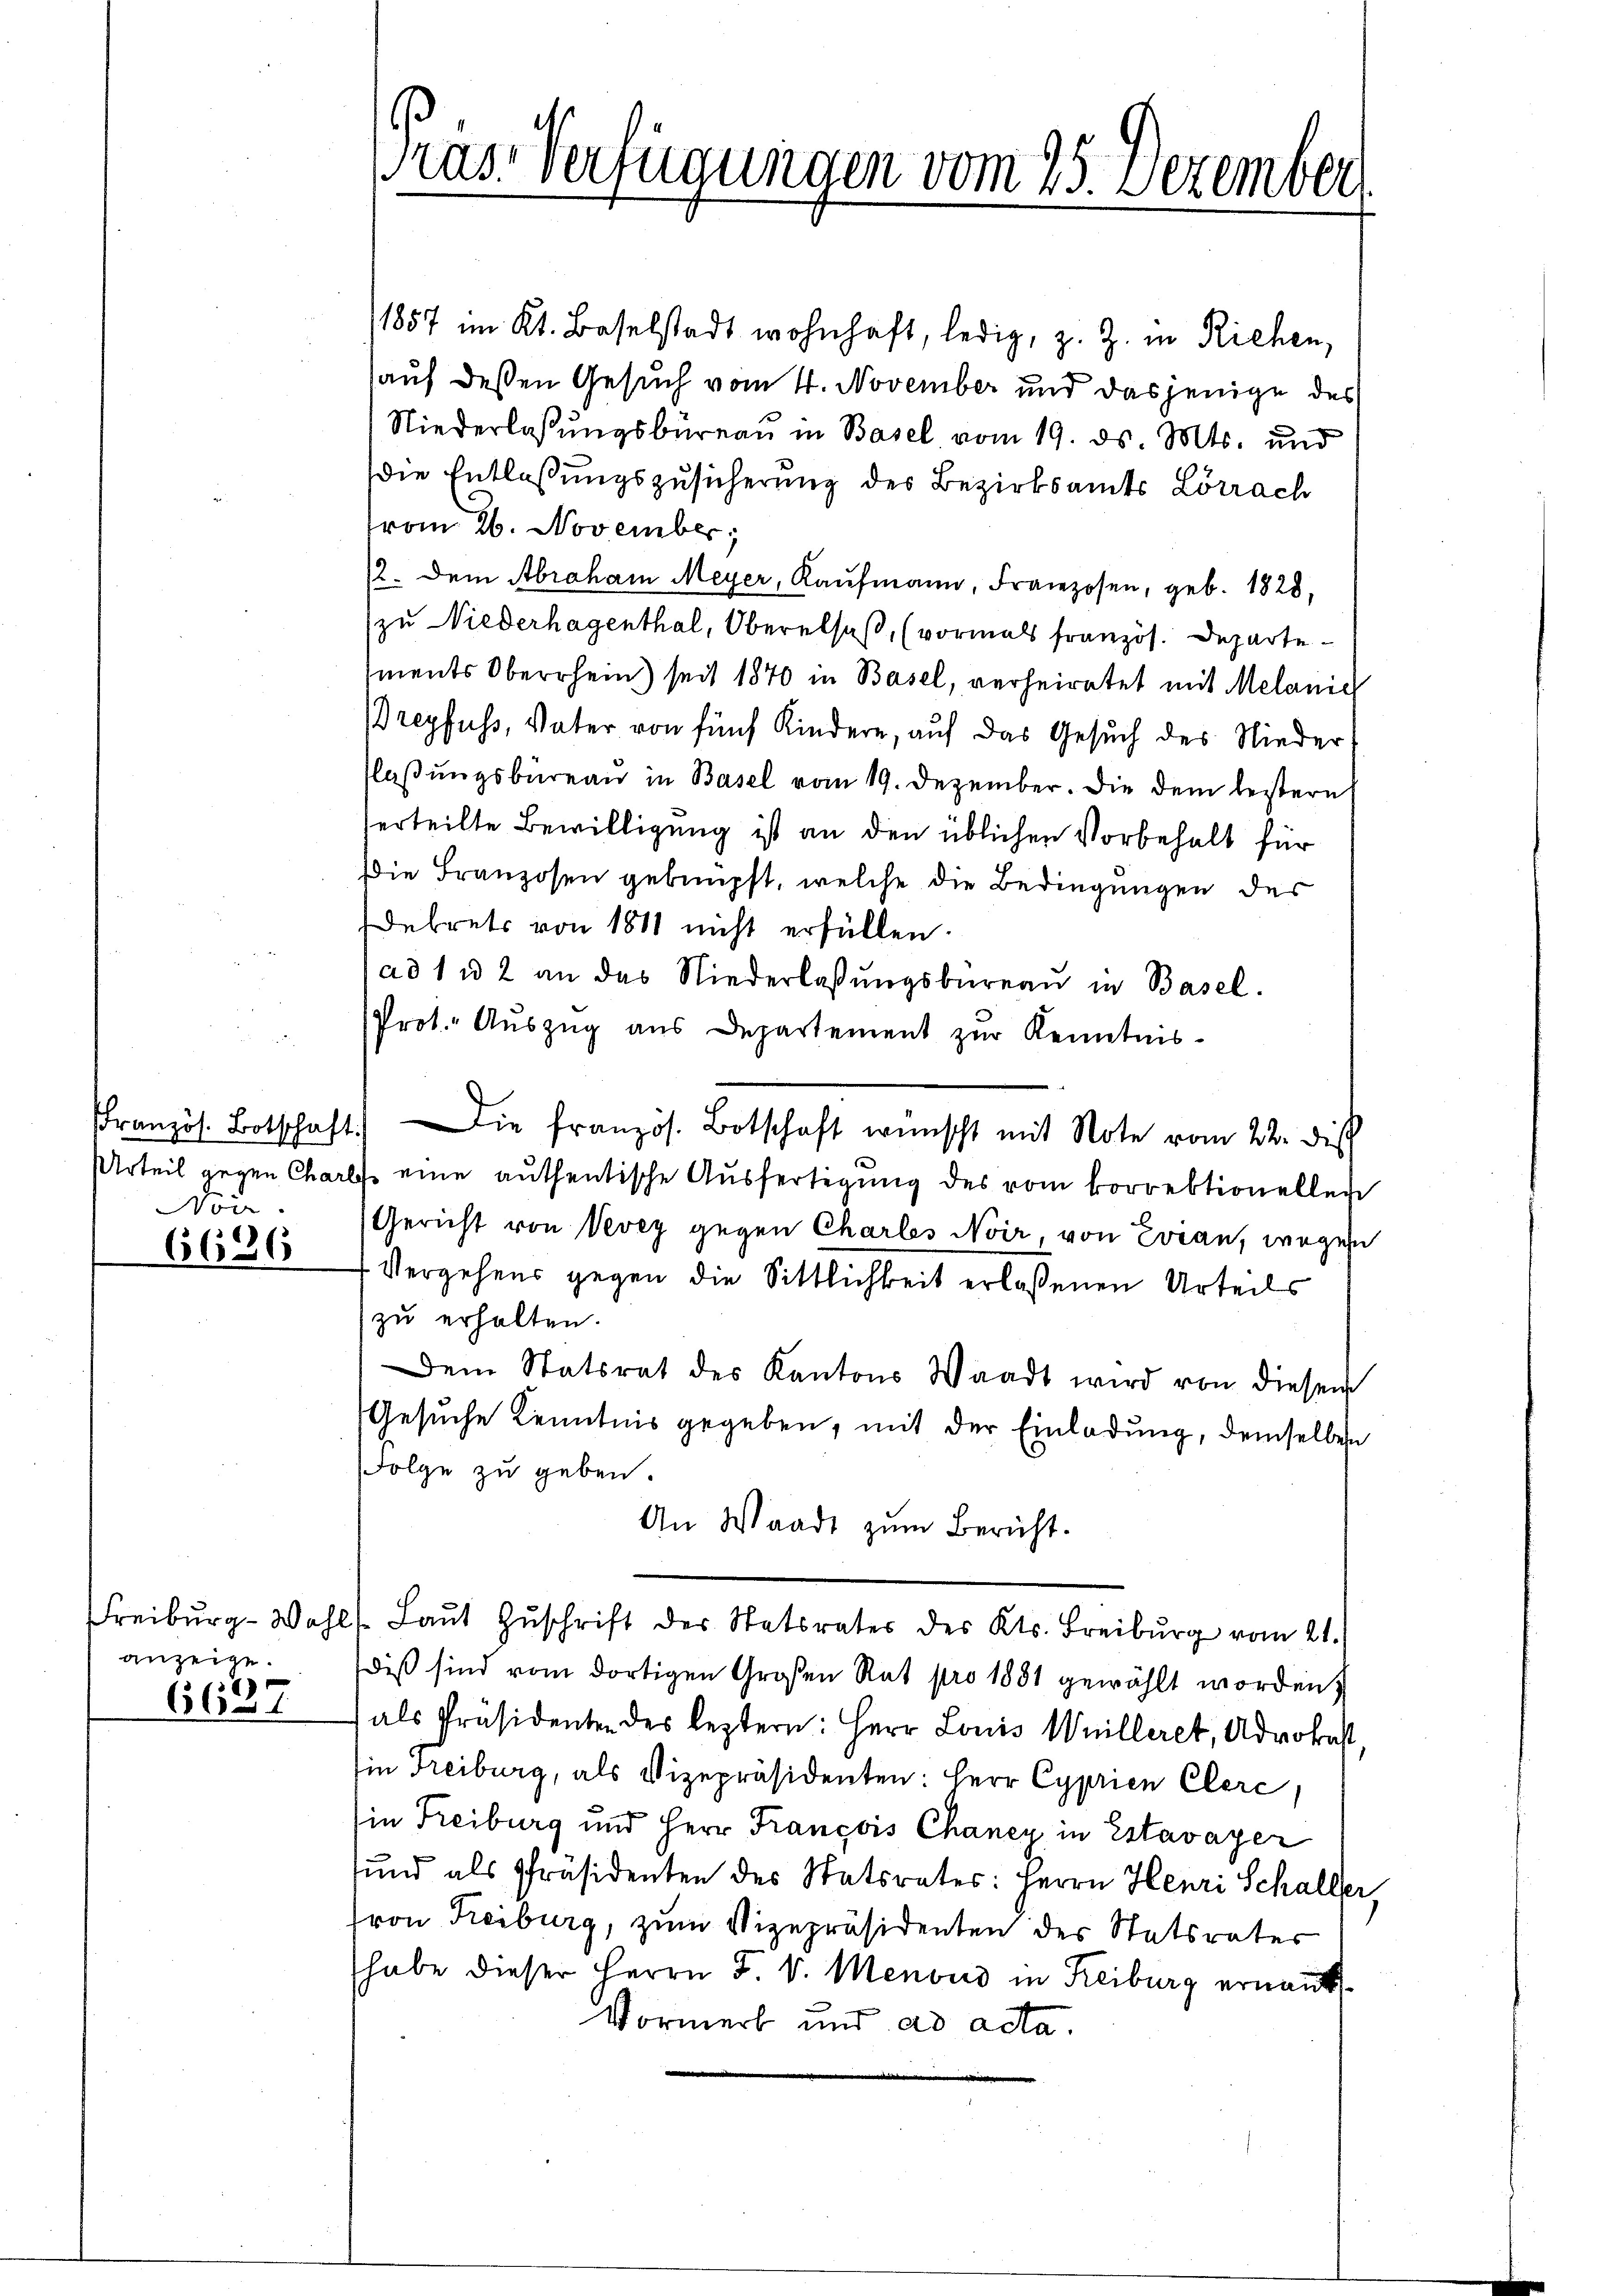
Non.

6686

anzeige.
6637

1857 im Kt. Baselstadt wohnhaft, ledig, z. Z. in Richen,
auf deßen Gesuch vom 4. November und dasjenige des
Niederlassungsbüreau in Basel vom 19. ds. Mts. und
die Entlaßungszusicherung des Bezirksamts Lörrach
vom 26. November;
12. Dem Abraham Meyer, Kaŭfmann, Franzosen, geb. 1828,
zu Niederhagenthal, Oberalsaß, (vormals französ. Departe
ments Oberrhein) seit 1870 in Basel, verheiratet mit Melanie
Dreyfuss, Vater von fünf Kindere, auf das Gesuch des Nieder
flaßungsbüreau in Basel vom 19. Dezember. Die dem leistern
erteilte Bewilligung ist an den üblichen Vorbehalt für
Die Franzosen geknüpft, welche die Bedingungen des
Dekrets von 1811 nicht erfüllen.
ad 1 u 2 an das Niederlaβŭngsbüreaŭ in Basel.
Prot. Aŭszŭg ans Departement zŭr Kenntnis-
Pranzös. Botschaft. Die französ. Botschaft wünscht mit Note vom 22. dis
Urteil gegen Charli eine authentische Ausfertigung des vom korrektionellen
Gericht von Vevey gegen Charles Noir, von Evian, wegen
Vergehens gegen die Sittlichkeit erlassenen Urteils
zu erhalten.
Dem Statsrat des Kantons Waadt wird von diesem
Gesuche Kenntnis gegeben, mit der Einladung, demselben
Folge zu geben.
An Waadt zum Bericht.
Freiburg-Wahls. Laŭt Zŭschrift der Statsrates des Kts. Freiburg vom 21.
dis sind vom dortigen Großen Rat pro 1881 gewählt worden,
als Präsidenten des leztern: Herr Louis Weilleret, Advokast,
Ein Freiburg, als Vizepräsidenten: Herr Cyprien Clerc
(in Freiburg und Herr François Chancy in Estavayer
sund als Präsidenten des Statsrates: Herrn Henri Schaller,
ron Freiburg, zum Vizepräsidenten der Statsrater
habe dieser Herrn F. v. Menoud in Reiburg ernant
Vormerk und ad acta.

Präs. Verfügungen vom 25. Dezember